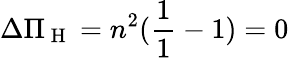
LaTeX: \Delta\Pi_{\mathrm{~H~}}=n^{2}(\frac{1}{1}-1)=0